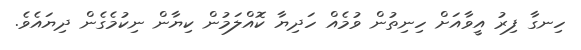
ހިނގާ ފިރު އީވާއަށް ހިނިތުން ވުމެއް ހަދިޔާ ކޮއްލަމުން ކިޔާން ނިކުމެގެން ދިޔައެވެ.